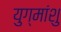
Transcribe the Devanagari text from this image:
युग्मांशु